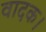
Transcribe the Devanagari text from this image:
वादक।